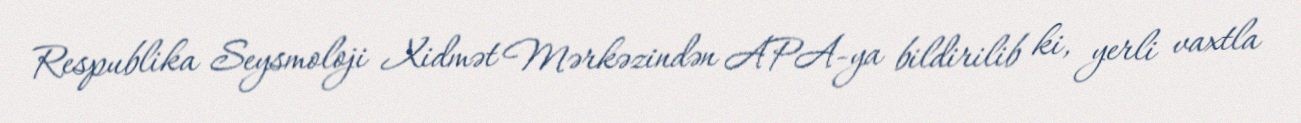
Respublika Seysmoloji Xidmət Mərkəzindən APA-ya bildirilib ki, yerli vaxtla